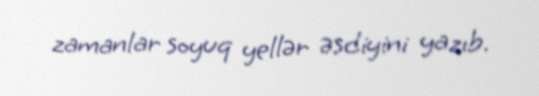
zamanlar soyuq yellər əsdiyini yazıb.